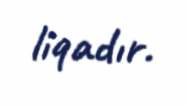
liqadır.